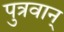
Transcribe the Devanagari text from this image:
पुत्रवान्